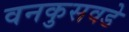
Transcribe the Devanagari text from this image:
वनकुसवडे